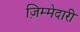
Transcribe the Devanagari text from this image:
ज़िम्मेदारी